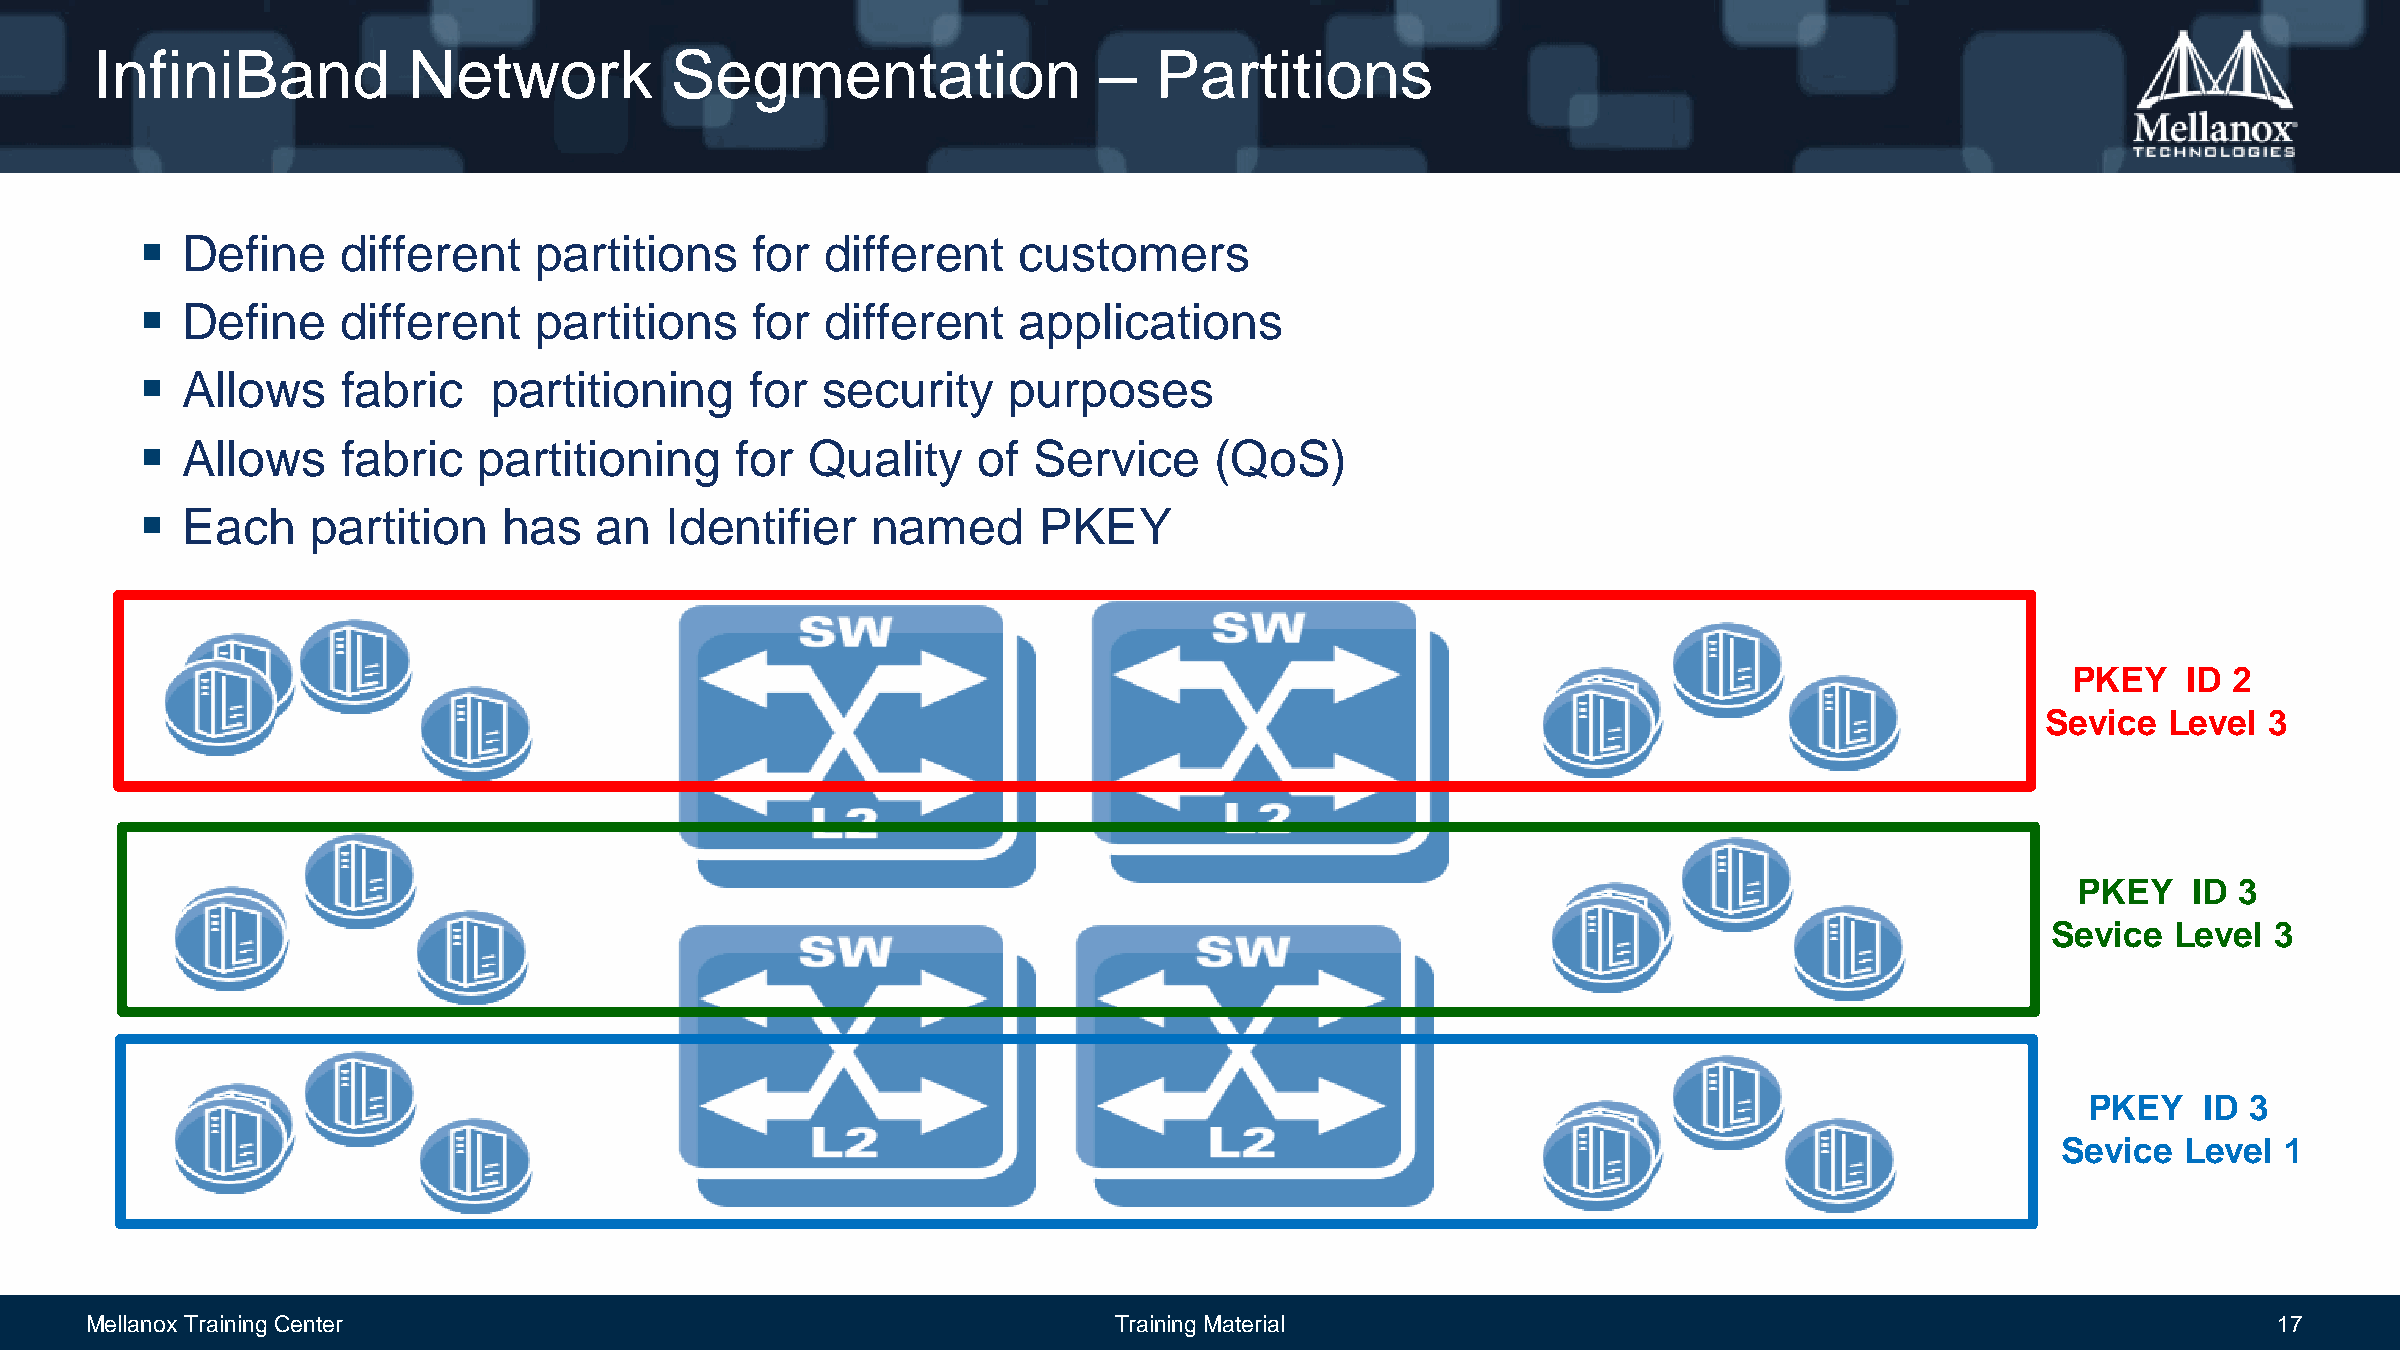
InfiniBand           Network          Segmentation                 –  Partitions
   Define     different   partitions     for  different   customers
   Define     different   partitions     for  different   applications
   Allows     fabric   partitioning      for security     purposes
   Allows     fabric   partitioning     for Quality     of Service     (QoS)
   Each     partition   has   an   Identifier    named      PKEY
 PKEY    ID 2
 Sevice   Level 3
 PKEY   ID 3
 Sevice  Level  3
 PKEY    ID 3
 Sevice   Level 1
 Mellanox Training Center                                            Training Material                                                            17